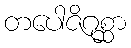
တပေါဇိဂုစ္ဆာ